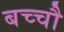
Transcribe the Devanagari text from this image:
बच्चौ